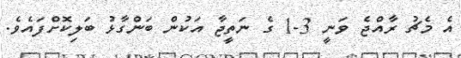
އެ މެޗު ރާއްޖެ ވަނީ 3-1 ގެ ނަތީޖާ އަކުން ބަންގާޅު ބަލިކޮށްފައެވެ.